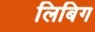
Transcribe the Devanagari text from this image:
लिबिग